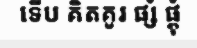
ទើប គិតគូរ ផ្សំ ផ្គុំ